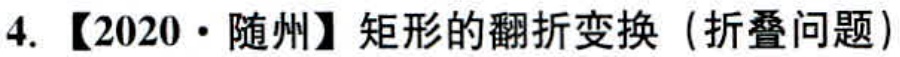
4. 【2020·随州】矩形的翻折变换（折叠问题）